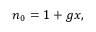
\begin{array} { r } { n _ { 0 } = 1 + g x , } \end{array}